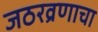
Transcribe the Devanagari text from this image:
जठरव्रणाचा